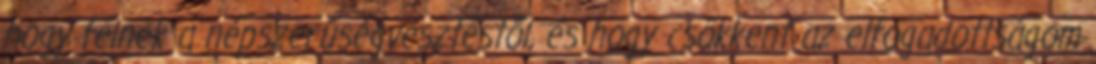
hogy félnek a népszerűségvesztéstől, és hogy csökkent az elfogadottságom